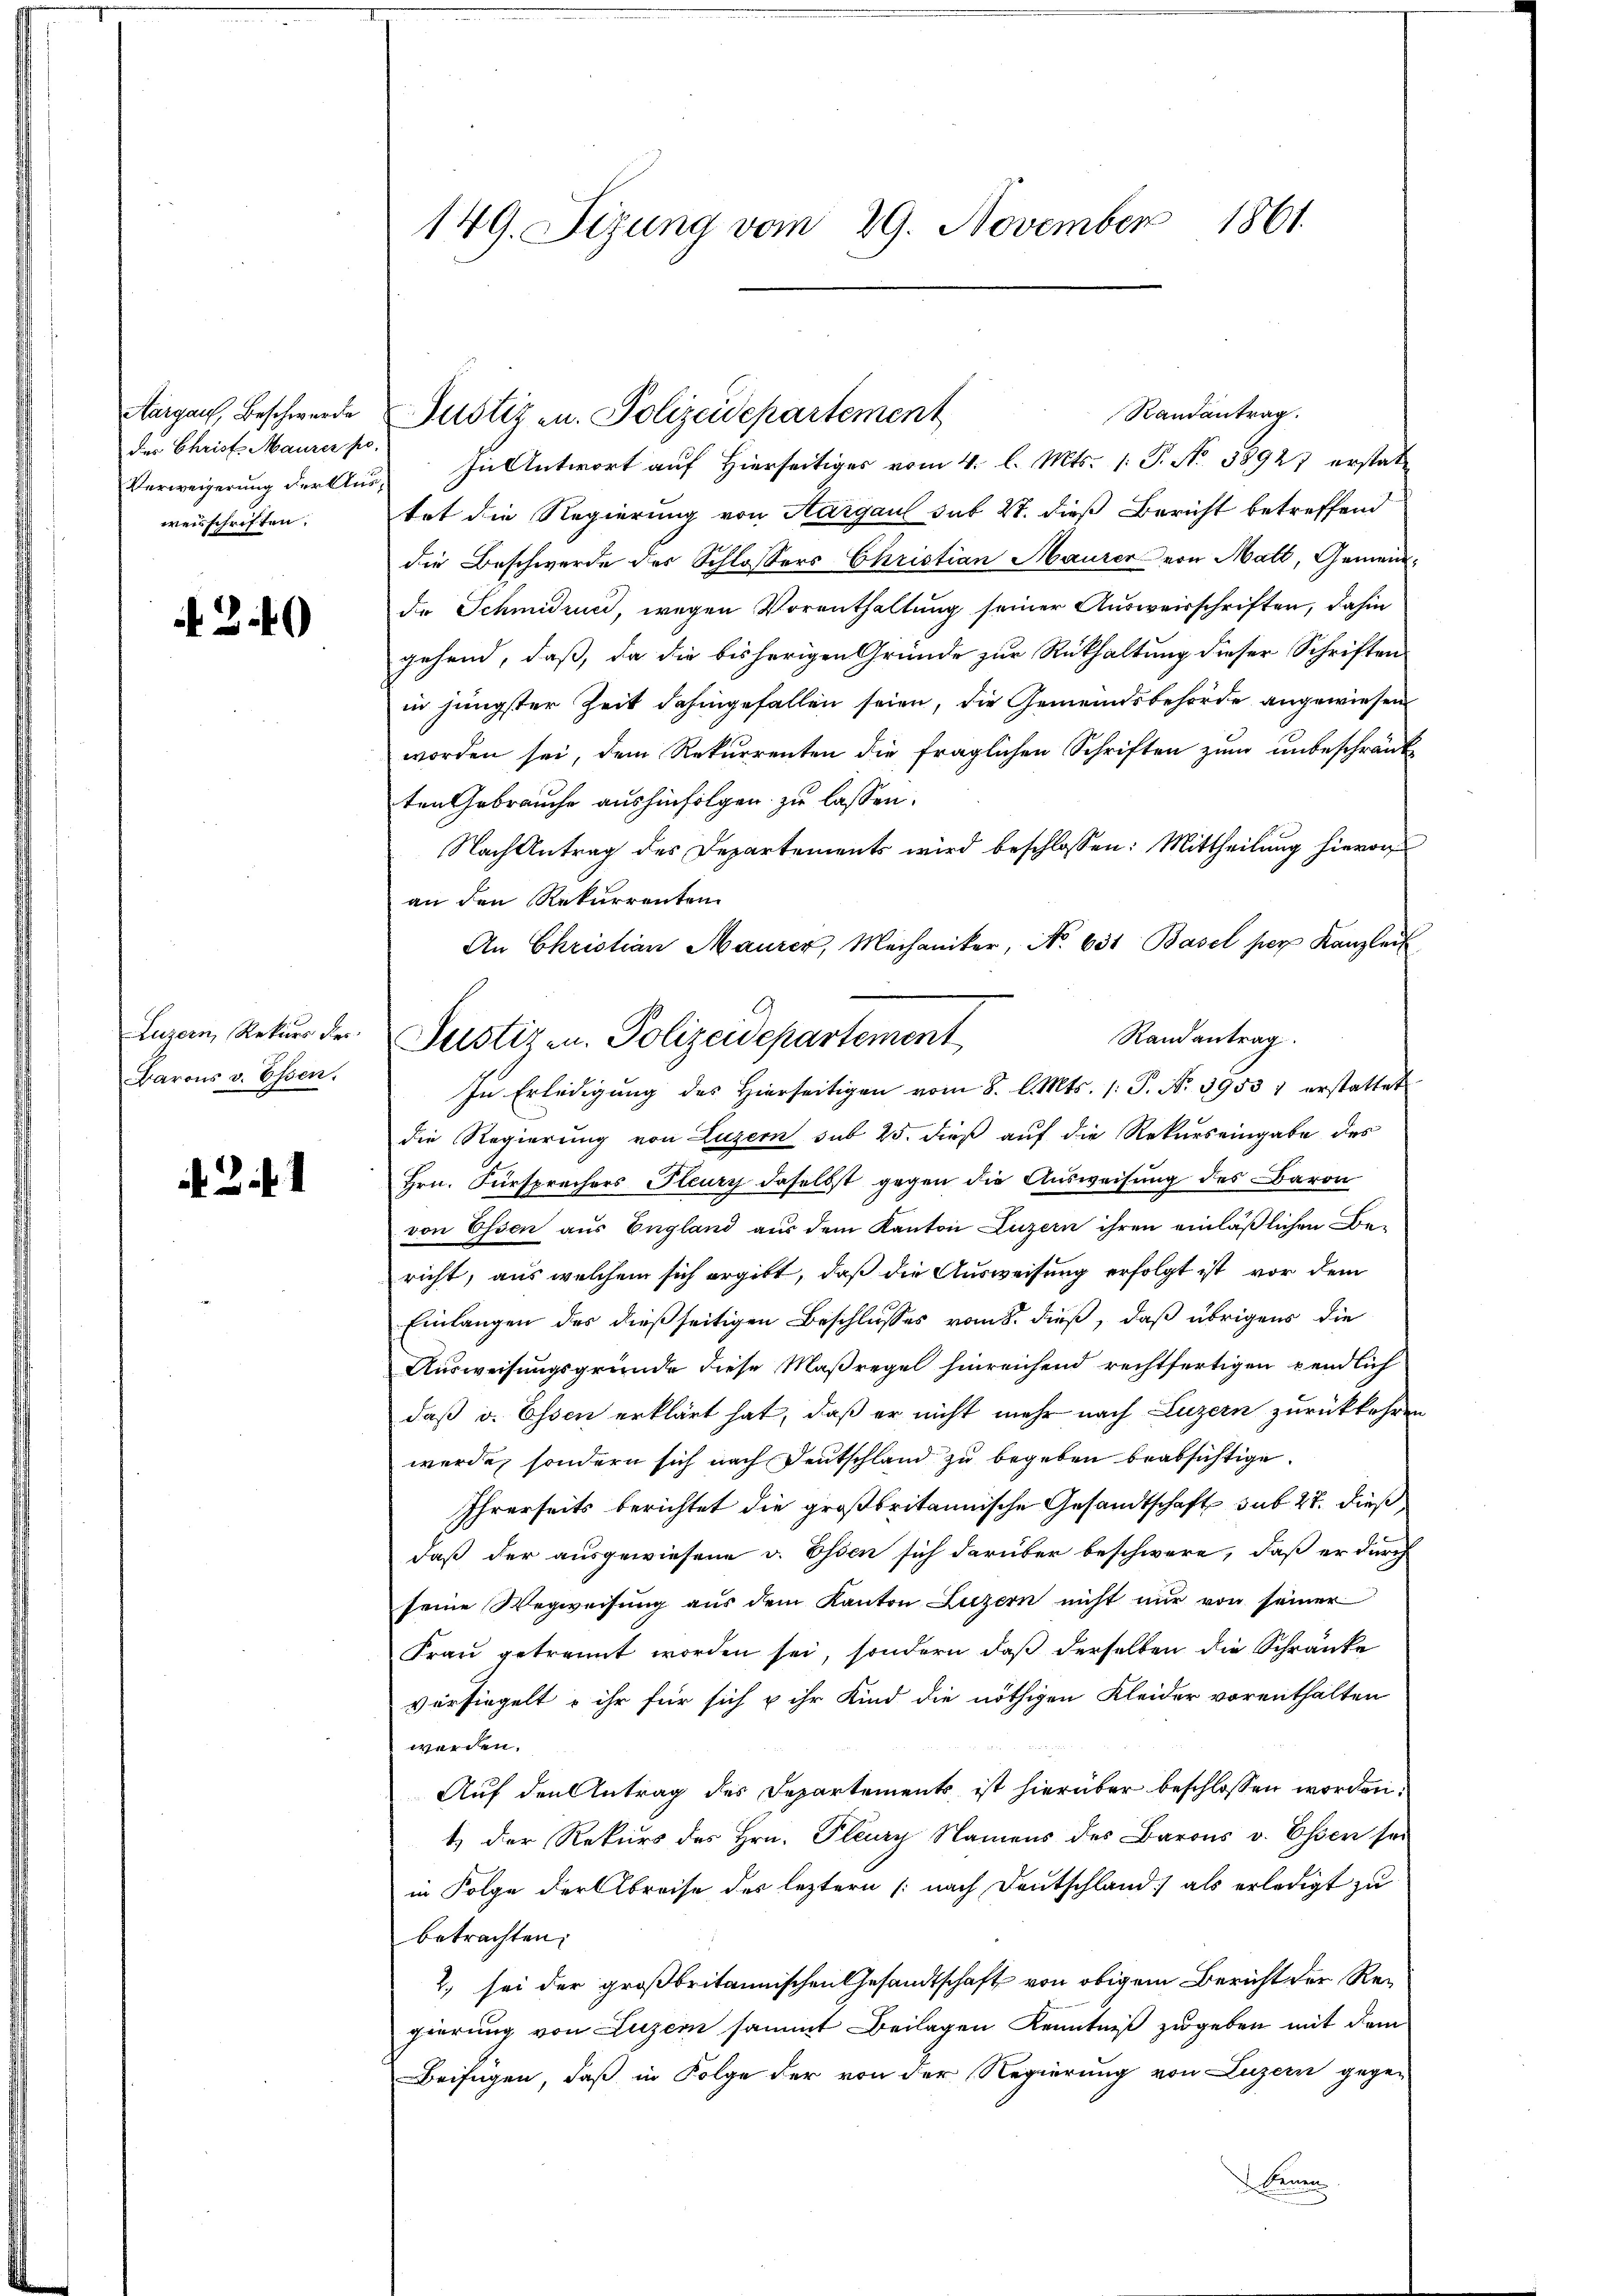
Aargaus, Beschwerde
Das Christ Maurer s
Verweigerung der Klus
weisschriften.

2.40

Luzern, Rekurs der
Barons v. Essen.

.2.1

149. Sizung vom 29. November 1861

Randantrag.
) In Antwort auf Hierseitiges vom 4. l. Mts. 1. P. No. 38927 erstattet die Regierung von Aargaul sub 27. dieß Bericht betreffend
die Beschwerde des Schlossers Christian Maurer von Matt, Gemeinde Schmidruck, wegen Vorenthaltung seiner Ausweisschriften, dahin
gehend, daß, da die bisherigen Gründe zur Rüthaltung dieser Schriften
in jüngster Zeit dahingefallen seien, die Gemeindsbehörde angewiesen
worden sei, dem Rekurrenten die fraglichen Schriften zum unbeschränk
ten Gebrauche aushinfolgen zu lassen.
Nach Antrag des Departements wird beschlossen: Mittheilung hievon
an den Rekurrenten
An Christian Maurer, Mechaniker, No 631 Basel per Kanzlei
Randantrag
In Erledigŭng des hierseitigen vom 8. l. Mts. (: P. Nr. 3953 1 erstattet
die Regierung von Luzern sub 25. dieß auf die Rekurs eingabe des
Hrn. Fürsprechers Flury daselbst gegen die Ausweisung des Baron
von Essen aus England aus dem Kanton Luzern ihren einläßlichen Bericht, aus welchem sich ergibt, daß die Ausweisung erfolgt ist, vor dem
Einlangen des dießseitigen Beschlusses vom 8. dieß, daß übrigens die
Ausweisungsgründe diese Maßregel hinreichend rechtfertigen pendlich
daß v. Essen erklärt hat, daß er nicht mehr nach Luzern zurückkehren
werde, sondern sich nach Deutschland zu begeben beabsichtige.
Ihrerseits berichtet die großbritannische Gesandtschaft sub 27. dieß
daß der ausgewiesene v. Essen sich darüber beschwere, daß er durch
seine Wegweisung aus dem Kanton Luzern nicht nur von seiner
Frau getrennt worden sei, sondern daß derselben die Schränke
versiegelt u ihr für sich u ihr Kind die nöthigen Kleider vorenthalten
werden.
Auf den Antrag des Departements ist hierüber beschlossen worden.
t) der Rekurs des Hrn. Plury Namens des Barons v. Essen sei
in Folge der Abreise des leztern (nach Deutschland als erledigt zu
betrachten.
2. sei der großbritannischen Gesandtschaft von obigem Bericht der Regierung von Luzern sammt Beilagen Kenntniß zugeben mit dem
Beifügen, daß in Folge der von der Regierung von Luzern gege-
benen

Justiz u. Polizeidepartement

Justizen. Polizeidepartement